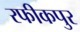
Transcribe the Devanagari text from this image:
रफीकपुर